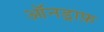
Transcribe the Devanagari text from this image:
ऑनड्राफ़